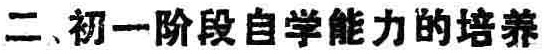
二、初一阶段自学能力的培养